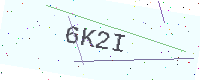
Text: 6K2I